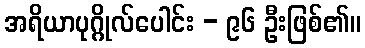
အရိယာပုဂ္ဂိုလ်ပေါင်း - ၉၆ ဦးဖြစ်၏။